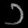
Digit: ၁